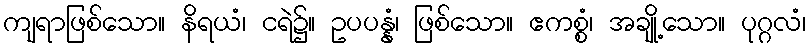
ကျရာဖြစ်သော။ နိရယံ၊ ငရဲ၌။ ဥပပန္နံ၊ ဖြစ်သော။ ဧကစ္စံ၊ အချို့သော။ ပုဂ္ဂလံ၊